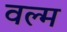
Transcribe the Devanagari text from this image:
वल्म